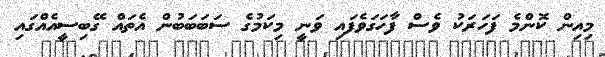
މިއިން ކޮންމެ ފަހަރަކު ވެސް ފާހަގަވެފައި ވަނީ މިކަމުގެ ސަބަބަބުން އެތައް ގޭބިސީއެއްގައި